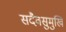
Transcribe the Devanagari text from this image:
सदैवसुमुखिं